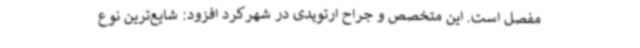
مفصل است. این متخصص و جراح ارتوپدی در شهرکرد افزود: شایع‌ترین نوع